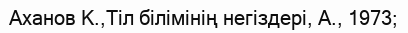
Аханов К.,Тіл білімінің негіздері, А., 1973;